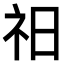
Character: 𥘗